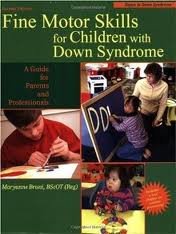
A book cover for Fine Motor Skills for Children With Down Syndrome 2nd (second) edition Text Only; Maryanne Bruni; Health, Fitness & Dieting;